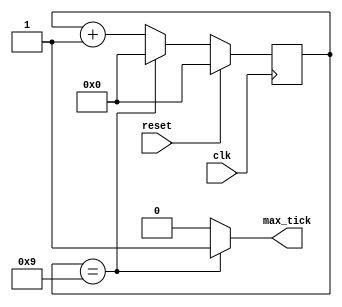
module mod_m_counter
#(parameter M=10)
(
input clk, reset,
//output [N-1:0] q,
output max_tick
); 
localparam N = $clog2 (M); // N is a constant representing number of necessary bits for the counter
// signal declaration
reg [N-1:0] r_next, r_reg;

// body
// [1] Register segment
always@(posedge clk)
begin
if (reset)
r_reg <= 0;
else
r_reg <=r_next;
//r_next<=(r_reg ==(M-1)) ? 0: r_reg + 1;
end
// [2] next-state logic segment
always@(*)
begin
    r_next = (r_reg ==(M-1)) ? 0: r_reg + 1;
end
//assign 
// [3] output logic segment
//assign q=r_reg;
//assign max_tick= (r_reg ==M-1)) ? 1'bl: 1'b0;
assign max_tick = (r_reg == (M-1)) ? 1'b1 : 1'b0;

endmodule